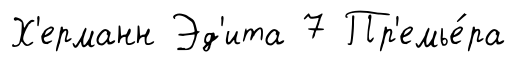
Х'ерманн Эд'ита 7 Пр'емье́ра